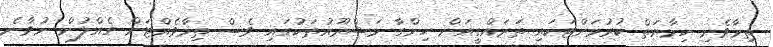
ތިމާވެށި ހިމާޔަތް ކުރުމަށްޓަކައި ތަރައްގީއަށް ހިންގާ މަޝްރޫއުތަކުގައި ވެސް ތިމާވެއްޓަށް ގެއްލުން ނުވާނެ